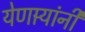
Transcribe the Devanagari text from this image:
येणार्‍यांनी